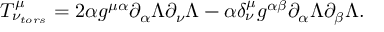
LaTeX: { \cal T } _ { \nu _ { t o r s } } ^ { \mu } = 2 \alpha g ^ { \mu \alpha } \partial _ { \alpha } \Lambda \partial _ { \nu } \Lambda - \alpha \delta _ { \nu } ^ { \mu } g ^ { \alpha \beta } \partial _ { \alpha } \Lambda \partial _ { \beta } \Lambda .